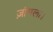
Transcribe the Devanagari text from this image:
ज़ांगला।